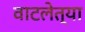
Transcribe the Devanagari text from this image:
वाटलेत्या